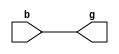
`timescale 1ns / 1ps

module binary_to_gray_code
    #(
    parameter BITS = 1
    )
    (
    input wire [BITS-1:0] b,
    output wire [BITS-1:0] g
    );
    
    genvar i;
    generate
        for (i = 0; i < BITS-1; i = i + 1) begin : gen_xors
            assign g[i] = b[i] ^ b[i+1];
        end
    endgenerate
    assign g[BITS-1] = b[BITS-1];
endmodule